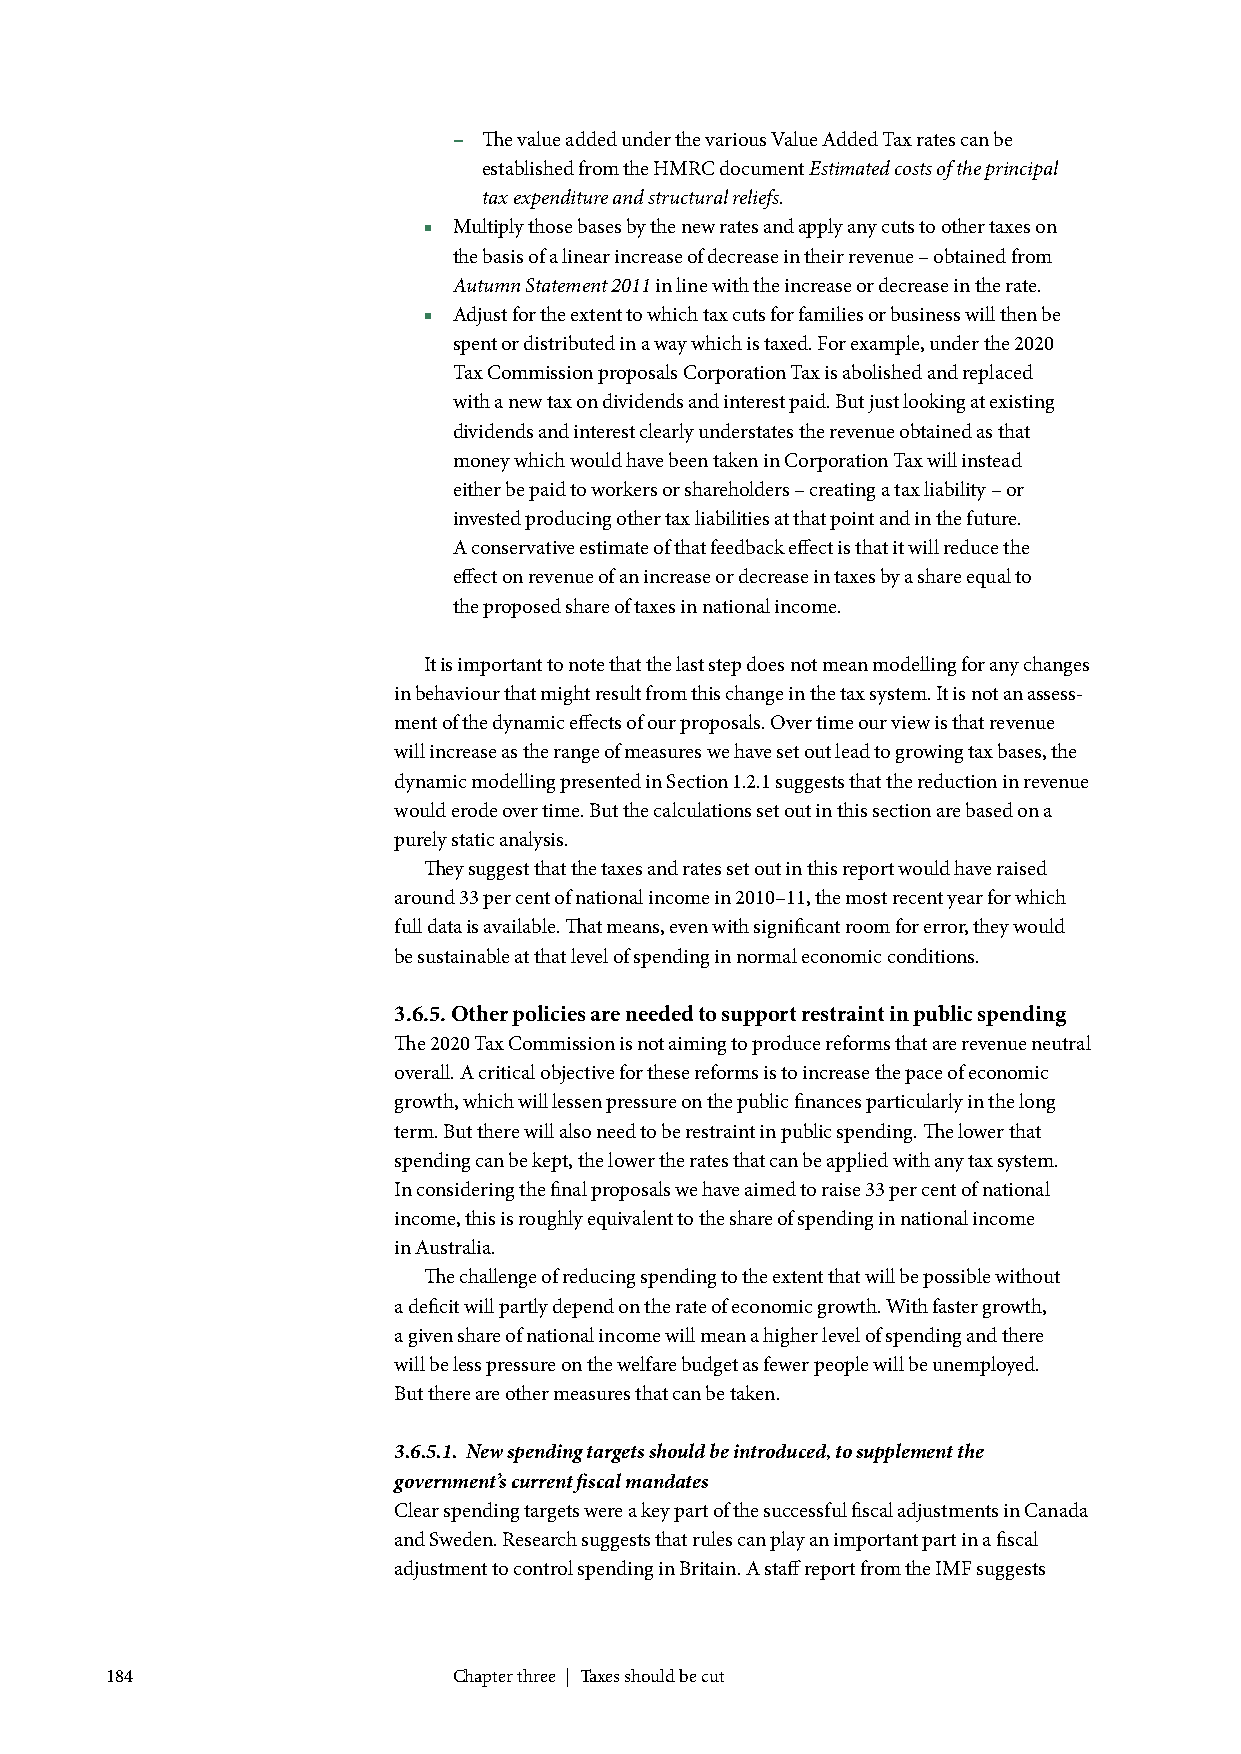
– The value added under the various Value Added Tax rates can be
 established from the HMRC document Estimated costs of the principal
 tax expenditure and structural reliefs.
 ■ Multiply those bases by the new rates and apply any cuts to other taxes on
 the basis of a linear increase of decrease in their revenue – obtained from
 Autumn Statement 2011 in line with the increase or decrease in the rate.
 ■ Adjust for the extent to which tax cuts for families or business will then be
 spent or distributed in a way which is taxed. For example, under the 2020
 Tax Commission proposals Corporation Tax is abolished and replaced
 with a new tax on dividends and interest paid. But just looking at existing
 dividends and interest clearly understates the revenue obtained as that
 money which would have been taken in Corporation Tax will instead
 either be paid to workers or shareholders – creating a tax liability – or
 invested producing other tax liabilities at that point and in the future.
 A conservative estimate of that feedback effect is that it will reduce the
 effect on revenue of an increase or decrease in taxes by a share equal to
 the proposed share of taxes in national income.
 It is important to note that the last step does not mean modelling for any changes
 in behaviour that might result from this change in the tax system. It is not an assess-
 ment of the dynamic effects of our proposals. Over time our view is that revenue
 will increase as the range of measures we have set out lead to growing tax bases, the
 dynamic modelling presented in Section 1.2.1 suggests that the reduction in revenue
 would erode over time. But the calculations set out in this section are based on a
 purely static analysis.
 They suggest that the taxes and rates set out in this report would have raised
 around 33 per cent of national income in 2010–11, the most recent year for which
 full data is available. That means, even with significant room for error, they would
 be sustainable at that level of spending in normal economic conditions.
 3.6.5. Other policies are needed to support restraint in public spending
 The 2020 Tax Commission is not aiming to produce reforms that are revenue neutral
 overall. A critical objective for these reforms is to increase the pace of economic
 growth, which will lessen pressure on the public finances particularly in the long
 term. But there will also need to be restraint in public spending. The lower that
 spending can be kept, the lower the rates that can be applied with any tax system.
 In considering the final proposals we have aimed to raise 33 per cent of national
 income, this is roughly equivalent to the share of spending in national income
 in Australia.
 The challenge of reducing spending to the extent that will be possible without
 a deficit will partly depend on the rate of economic growth. With faster growth,
 a given share of national income will mean a higher level of spending and there
 will be less pressure on the welfare budget as fewer people will be unemployed.
 But there are other measures that can be taken.
 3.6.5.1. New spending targets should be introduced, to supplement the
 government’s current fiscal mandates
 Clear spending targets were a key part of the successful fiscal adjustments in Canada
 and Sweden. Research suggests that rules can play an important part in a fiscal
 adjustment to control spending in Britain. A staff report from the IMF suggests
 184                    Chapter three | Taxes should be cut